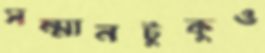
সম্মানটুকুও